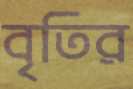
বৃতির